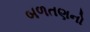
બળતણનો